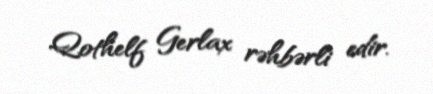
Qothelf Gerlax rəhbərli edir.